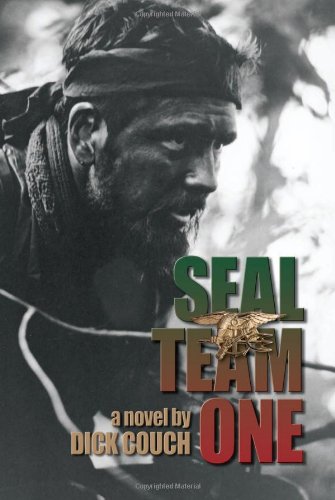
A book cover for SEAL Team One; Dick Couch; Literature & Fiction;